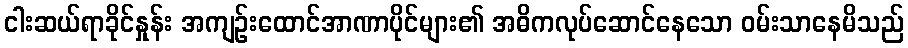
ငါးဆယ်ရာခိုင်နှုန်း အကျဉ်းထောင်အာဏာပိုင်များ၏ အဓိကလုပ်ဆောင်နေသော ဝမ်းသာနေမိသည်